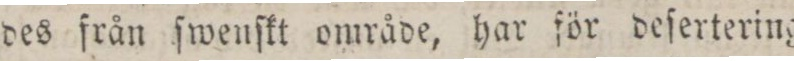
des från ſwenſkt område, har för deſertering